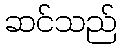
ဆင်သည်